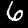
Digit: 6